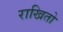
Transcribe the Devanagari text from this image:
राखितो